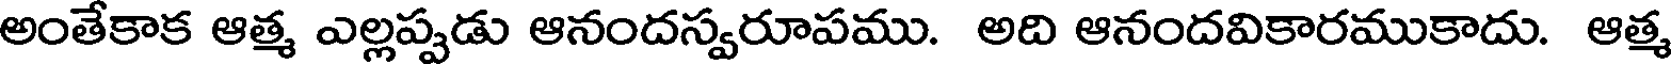
అంతేకాక ఆత్మ ఎల్లప్పడు ఆనందస్వరూపము. అది ఆనందవికారముకాదు. ఆత్మ